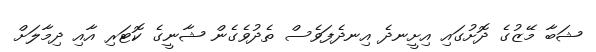
ޝަބާ މޭޒުގެ ދޮށުގައި އިށީނދެ އިނދެފަވެސް ތެދުވެގެން ޝާނީގެ ކޮޓަރި އާއި ދިމާލަށް